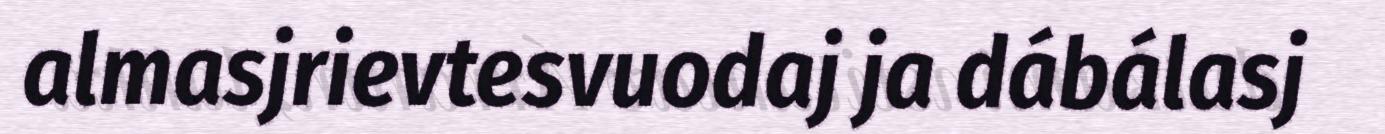
almasjrievtesvuodaj ja dábálasj